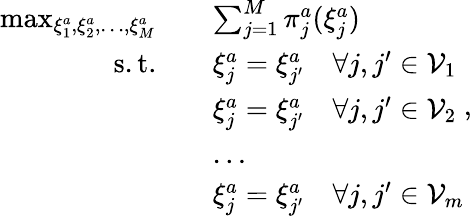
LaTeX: \begin{array}{rl}{\operatorname*{max}_{\xi_{1}^{a},\xi_{2}^{a},\dots,\xi_{M}^{a}}\quad}&{\sum_{j=1}^{M}\pi_{j}^{a}(\xi_{j}^{a})}\\ {\mathrm{s.t.}\quad}&{\xi_{j}^{a}=\xi_{j^{\prime}}^{a}\quad\forall j,j^{\prime}\in\mathcal{V}_{1}}\\ &{\xi_{j}^{a}=\xi_{j^{\prime}}^{a}\quad\forall j,j^{\prime}\in\mathcal{V}_{2}}\\ &{\dots}\\ &{\xi_{j}^{a}=\xi_{j^{\prime}}^{a}\quad\forall j,j^{\prime}\in\mathcal{V}_{m}}\end{array},